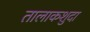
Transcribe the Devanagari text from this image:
तालाकशुदा